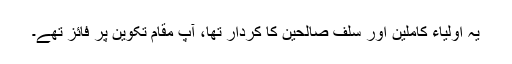
یہ اولیاء کاملین اور سلف صالحین کا کردار تھا، آپ مقام تکوین پر فائز تھے۔